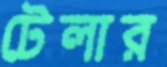
টেলার